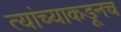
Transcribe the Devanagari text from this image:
त्‍यांच्याकडूनच